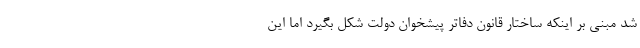
شد مبنی بر اینکه ساختار قانون دفاتر پیشخوان دولت شکل بگیرد اما این